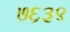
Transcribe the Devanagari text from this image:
७६३९